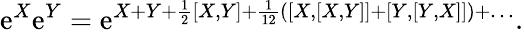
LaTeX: \mathrm{e}^{X}\mathrm{e}^{Y}=\mathrm{e}^{X+Y+\frac{{1}}{{2}}[X,Y]+\frac{{1}}{{12}}([X,[X,Y]]+[Y,[Y,X]])+\dots}.